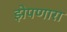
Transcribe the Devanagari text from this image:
झेपणारा